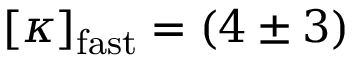
\left[ \kappa \right] _ { \mathrm { f a s t } } = ( 4 \pm 3 )